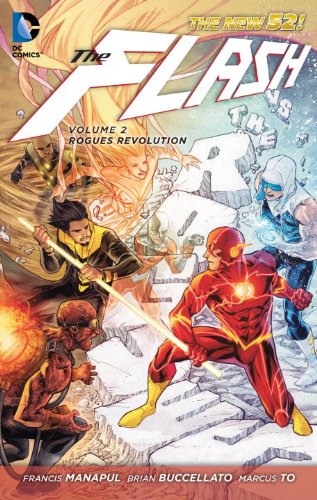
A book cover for The Flash Vol. 2: Rogues Revolution (The New 52) (Flash (DC Comics Numbered)); Francis Manapul; Comics & Graphic Novels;